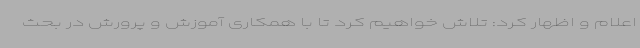
اعلام و اظهار کرد: تلاش خواهیم کرد تا با همکاری آموزش و پرورش در بحث